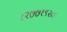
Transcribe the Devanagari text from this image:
२२७७१९२०।